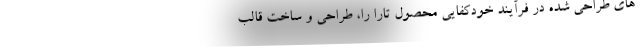
های طراحی شده در فرآیند خودکفایی محصول تارا را، طراحی و ساخت قالب